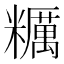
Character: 糲